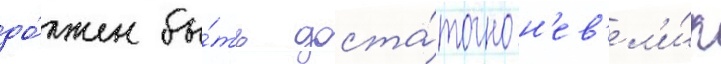
до́лжен бы́ть доста́точно н'ев'ел'и́к